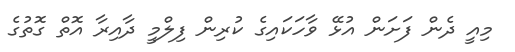
މިއީ ދެން ފަށަން އުޅޭ ވާހަކައިގެ ކުރިން ފިލްމީ ދާއިރާ އޮތް ގޮތުގެ